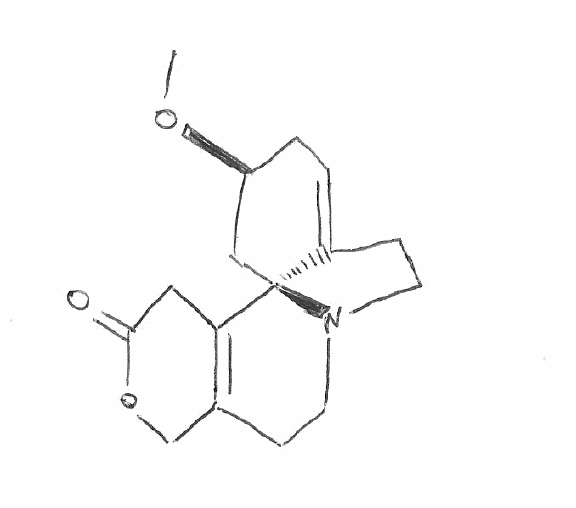
Simplified molecular-input line-entry system (SMILES) notation of the given molecule:
CO[C@H]1CC=C2CCN3[C@]2(C1)C4=C(CC3)COC(=O)C4